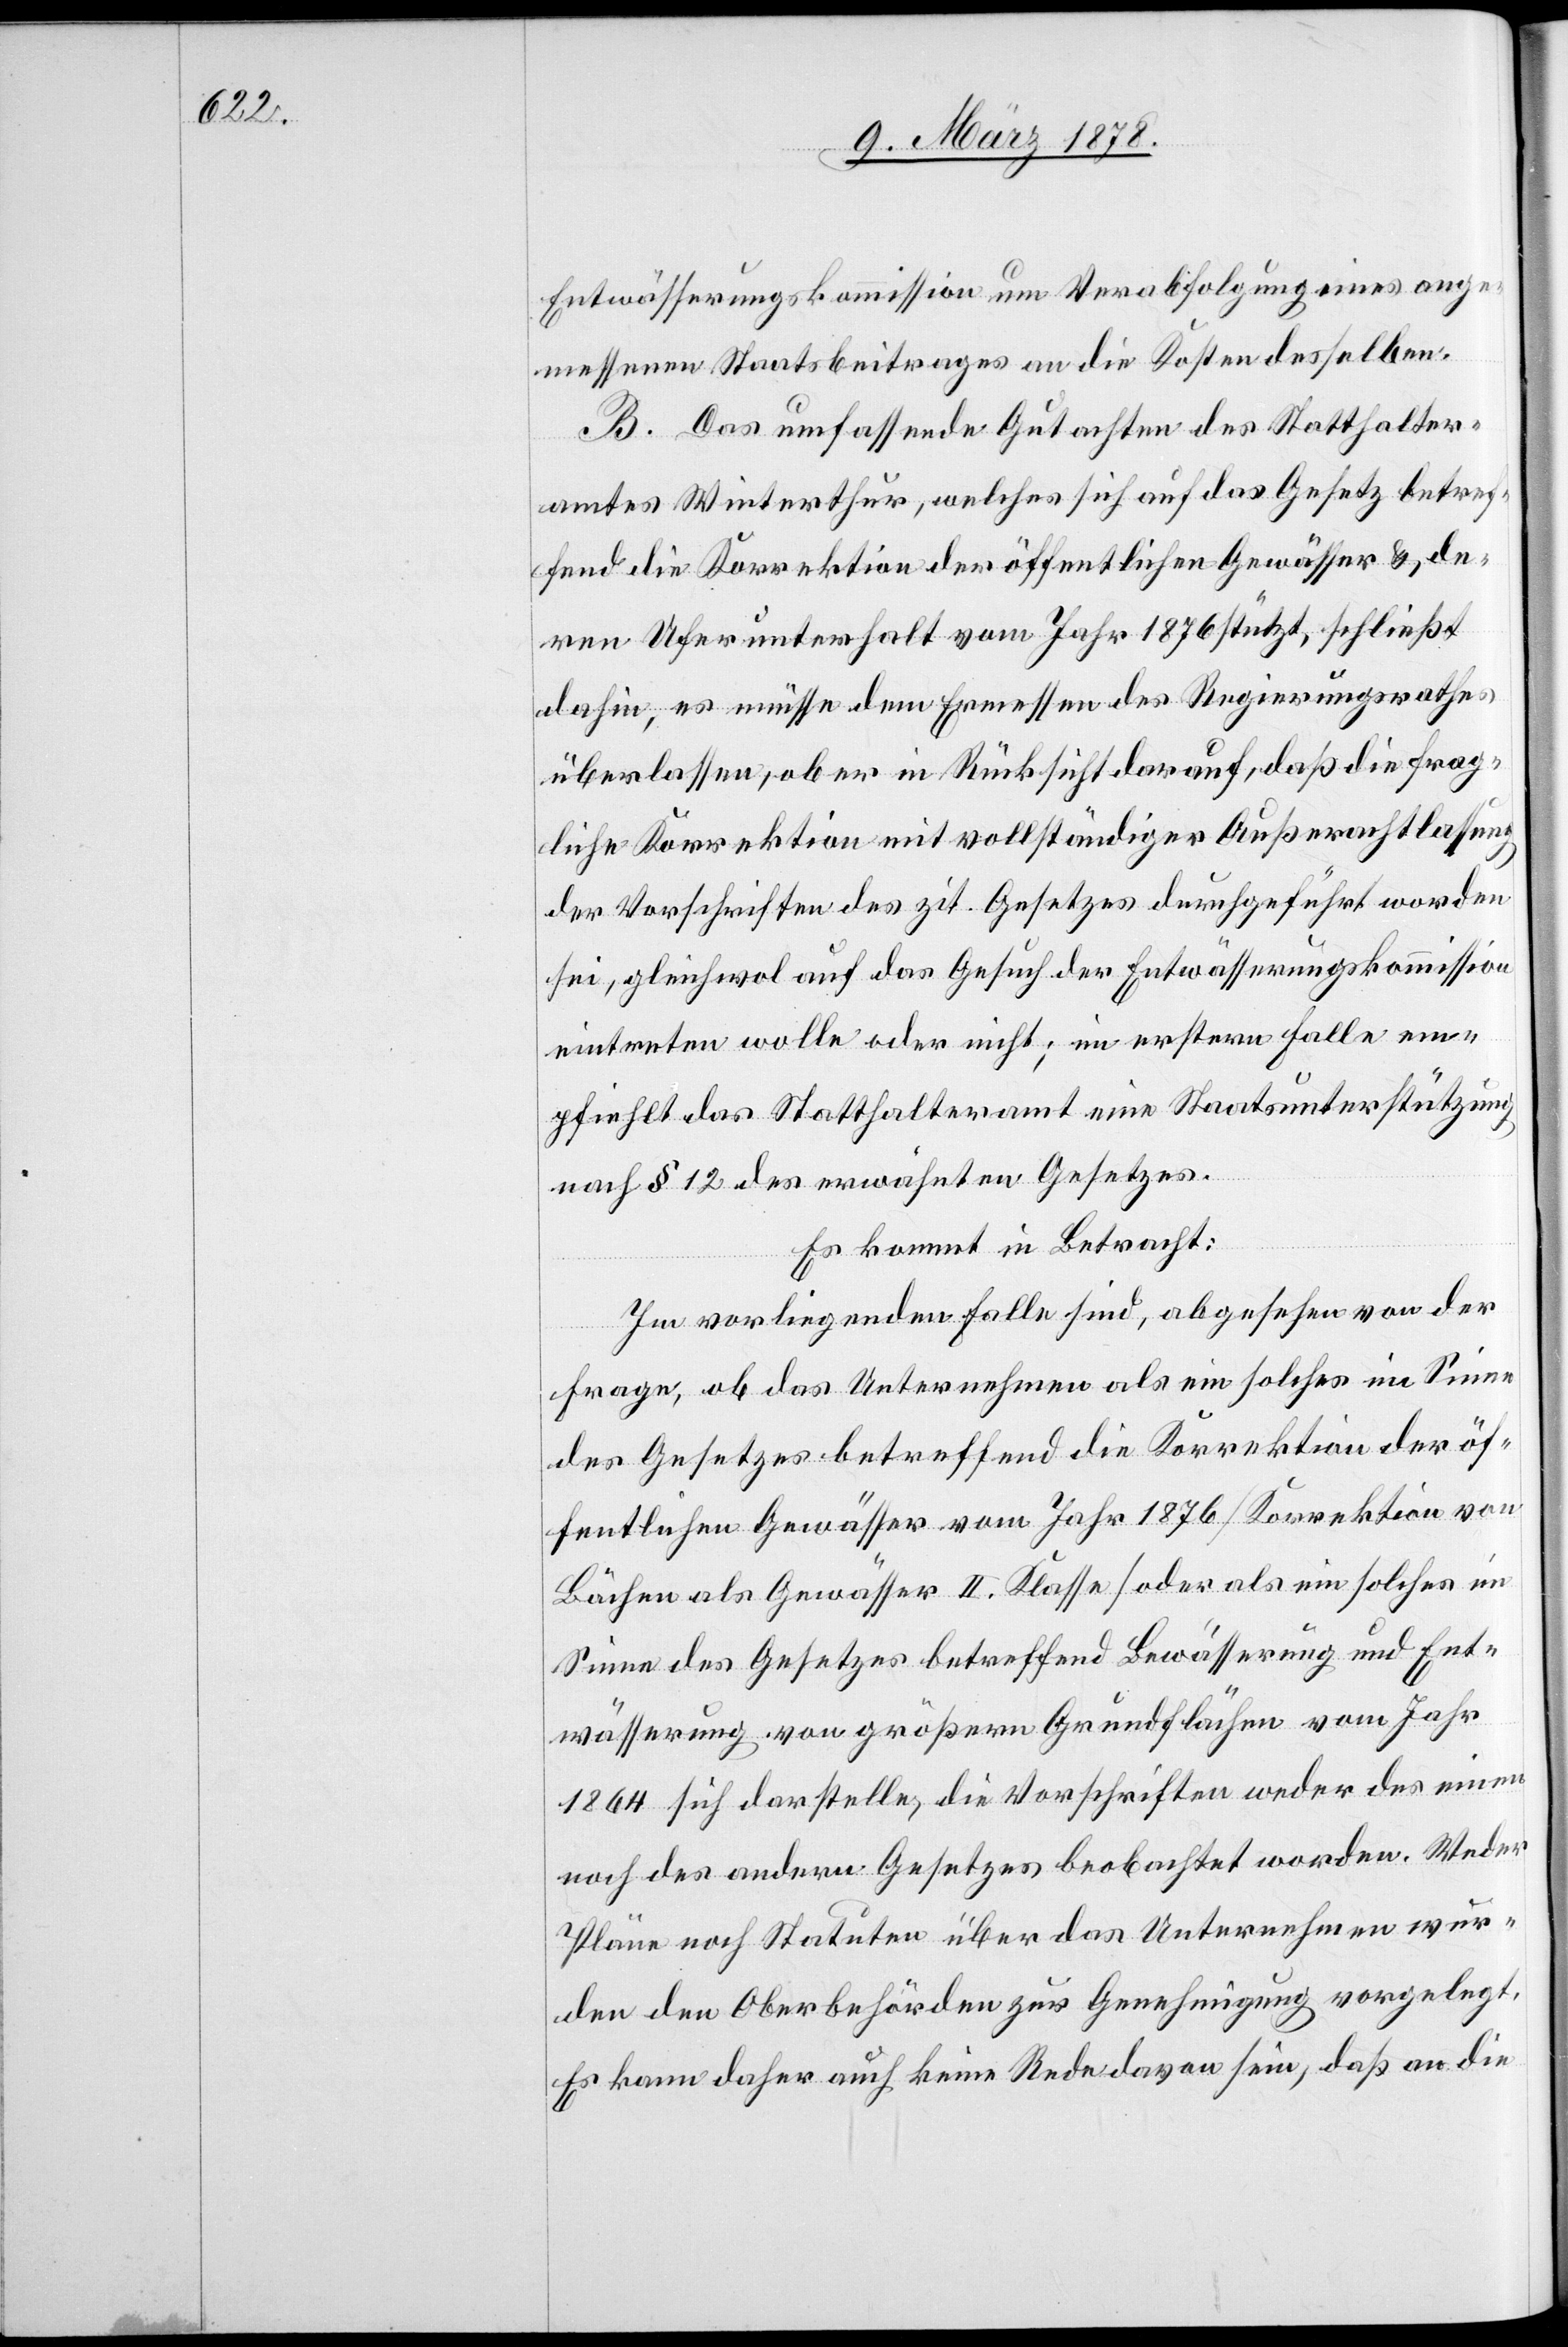
Entwässerungskommission um Verabfolgung eines ange¬
messenen Staatsbeitrages an die Kosten desselben.
B. Das umfassende Gutachten des Statthalter¬
amtes Winterthur, welches sich auf das Gesetz betref¬
fend die Korrektion der öffentlichen Gewässer & de¬
ren Uferunterhalt vom Jahr 1876 stützt, schließt
dahin, es müsse dem Ermessen des Regierungsrathes
überlassen, ob er in Rücksicht darauf, daß die frag¬
liche Korrektion mit vollständiger Außerachtlassung
der Vorschriften des zit. Gesetzes durchgeführt worden
sei, gleichwol auf das Gesuch der Entwäßerungskommission
eintreten wolle oder nicht; im erstern Falle em¬
pfiehlt das Statthalteramt eine Staatsunterstützung
nach § 12 des erwähnten Gesetzes.
Es kommt in Betracht:
Im vorliegenden Falle sind, abgesehen von der
Frage, ob das Unternehmen als ein solches im Sinne
des Gesetzes betreffend die Korrektion der öf¬
fentlichen Gewässer vom Jahr 1876 (Korrektion von
Bächen als Gewässer II. Klasse) oder als ein solches im
Sinne des Gesetzes betreffend Bewässerung und Ent¬
wässerung von größern Grundflächen vom Jahr
1864 sich darstelle, die Vorschriften weder des einen
noch des andern Gesetzes beobachtet worden. Weder
Pläne noch Statuten über das Unternehmen wur¬
den den Oberbehörden zur Genehmigung vorgelegt.
Es kann daher auch keine Rede davon sein, daß an die